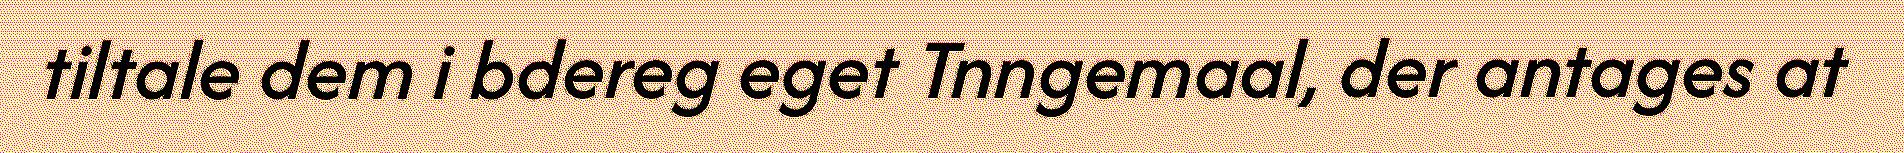
tiltale dem i bdereg eget Tnngemaal, der antages at